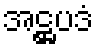
အဋ္ဌပဒံ